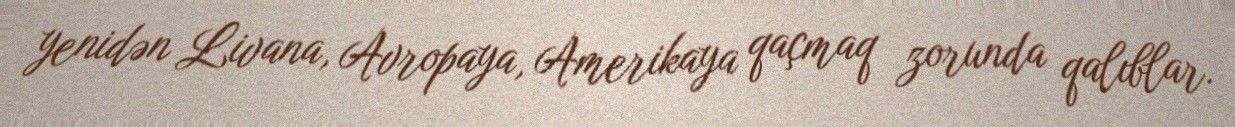
yenidən Livana, Avropaya, Amerikaya qaçmaq zorunda qalıblar.